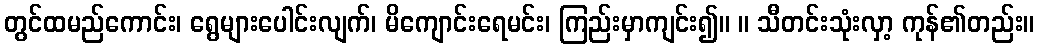
တွင်ထမည်ကောင်း၊ ရွေများပေါင်းလျက်၊ မိကျောင်းရေမင်း၊ ကြည်းမှာကျင်း၍။ ။ သီတင်းသုံးလှာ့ ကုန်၏တည်း။